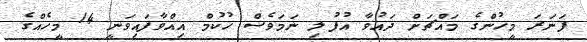
ފަނަރަ މީހުންގެ މައްޗަށް ދައުވާ އުފުލި ނަމަވެސް ހުކުމް އިއްވާފައިވަނީ 14 މީހެއްގެ